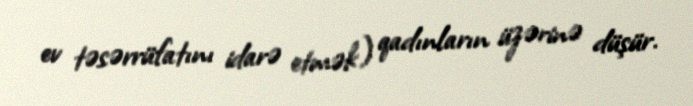
ev təsərrüfatını idarə etmək) qadınların üzərinə düşür.